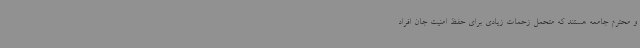
و محترم جامعه هستند که متحمل زحمات زیادی برای حفظ امنیت جان افراد